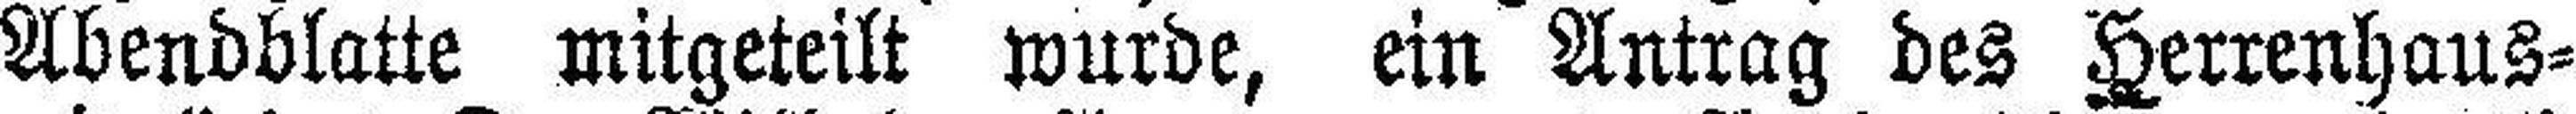
Abendblatte mitgeteilt wurde, ein Antrag des Herrenhaus¬